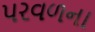
પરવળના